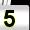
Digit: 5